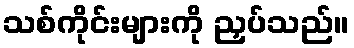
သစ်ကိုင်းများကို ညှပ်သည်။